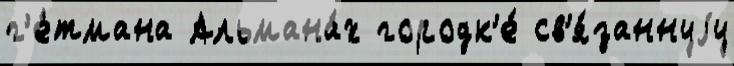
г'е́тмана Альмана́х городк'е́ св'я́заннуjу